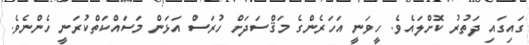
ގައިގައި ދަތުރު ކޮށްލައެވެ. ހީވަނީ އަހަރެންގެ މަޤްސަދަށް ހުރަސް އަޅަން މަސައްކަތްކުރަނީ ހެންނެވެ.